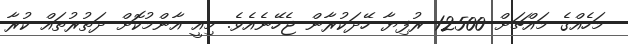
މަހެއްގެ މައްޗަށް 12500 ރުފިޔާ ހޭދަކުރާން ޖެހޭނެއެވެ. މިއީ އާންމުކޮށް ދަތުރުތައް ކުރާ